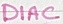
Text: DIAC